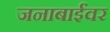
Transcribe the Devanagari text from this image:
जनाबाईंवर